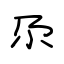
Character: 尕